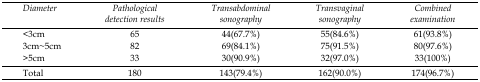
<table><thead><tr><td><b>Diameter</b></td><td><b>Pathological detection results</b></td><td><b>Transabdominal sonography</b></td><td><b>Transvaginal sonography</b></td><td><b>Combined examination</b></td></tr></thead><tbody><tr><td>&lt;3cm</td><td>65</td><td>44(67.7%)</td><td>55(84.6%)</td><td>61(93.8%)</td></tr><tr><td>3cm~5cm</td><td>82</td><td>69(84.1%)</td><td>75(91.5%)</td><td>80(97.6%)</td></tr><tr><td>&gt;5cm</td><td>33</td><td>30(90.9%)</td><td>32(97.0%)</td><td>33(100%)</td></tr><tr><td>Total</td><td>180</td><td>143(79.4%)</td><td>162(90.0%)</td><td>174(96.7%)</td></tr></tbody></table>